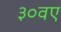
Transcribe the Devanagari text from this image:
३०वए